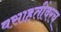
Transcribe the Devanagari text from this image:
वसाहतींवरच